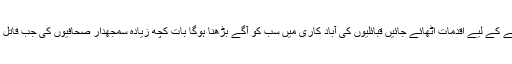
31-03-2007 اب پی آئی اے کو بہتر بنانے کے لیے اقدمات اٹھائے جائیں قبائلیوں کی آباد کاری میں سب کو آگے بڑھنا ہوگا بات کچھ زیادہ سمجھدار صحافیوں کی جب قاتل بھی کلمہ گوہوں اور مقتول بھی کلمہ گوہوں۔